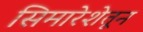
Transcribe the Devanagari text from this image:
सिमारेशेतून